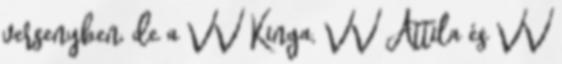
versenyben, de a VV Kinga, VV Attila és VV